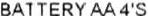
BATTERY AA 4'S